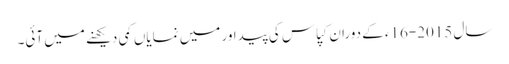
سال 2015-16ء کے دوران کپاس کی پیداور میں نمایاں کمی دیکھنے میں آئی۔